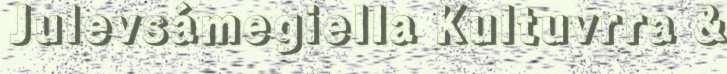
Julevsámegiella Kultuvrra &